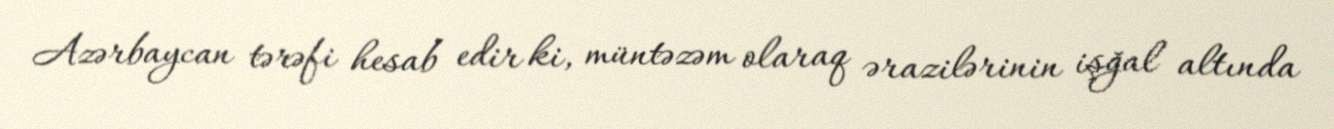
Azərbaycan tərəfi hesab edir ki, müntəzəm olaraq ərazilərinin işğal altında